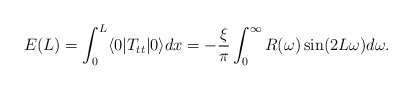
\begin{align*}E(L) = \int_0^L \langle 0 | T_{tt} | 0 \rangle dx = - {\xi\over\pi}\int_0^\infty R(\omega) \sin(2L\omega) d\omega.\end{align*}